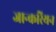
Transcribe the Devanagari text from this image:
जान्करियन